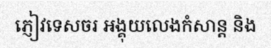
ភ្ញៀវទេសចរ អង្គុយលេងកំសាន្ត និង